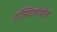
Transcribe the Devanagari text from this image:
हॉस्पिटलीयरेस